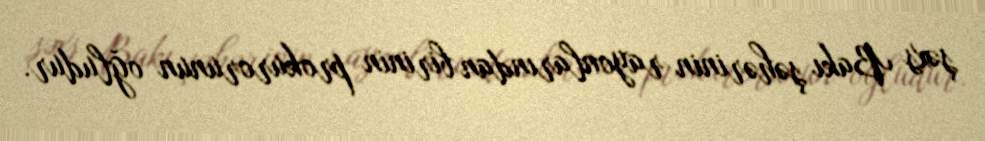
şəxs Bakı şəhərinin rayonlarından birinin prokurorunun oğludur.